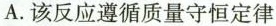
A.该反应遵循质量守恒定律